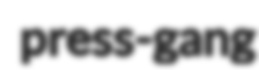
press-gang